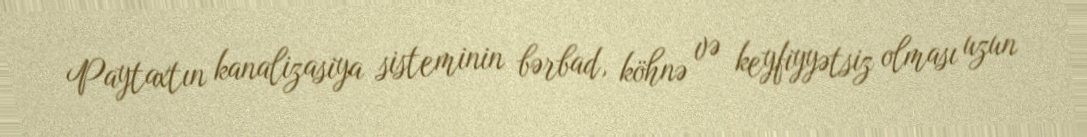
Paytaxtın kanalizasiya sisteminin bərbad, köhnə və keyfiyyətsiz olması uzun